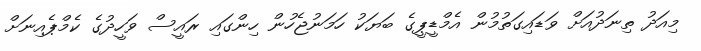
މިއަދު ތިނަދުއަށް ވަޑައިގަތުމުން އެމްޑީޕީގެ ބަޔަކު ހަމަނުޖެހުން ހިންގައި ރައީސް ވަހީދުގެ ކެމްޕެއިނަށް